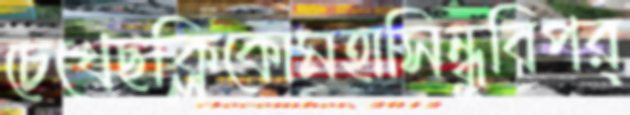
চেখেছক্লিকোমহাসিন্ধুবিপর্